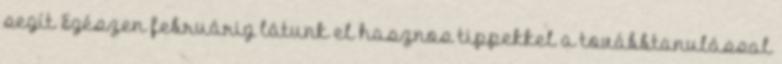
segít Egészen februárig látunk el hasznos tippekkel a továbbtanulással